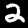
Digit: 2